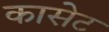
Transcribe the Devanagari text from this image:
कासेट